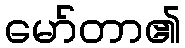
မော်တာ၏